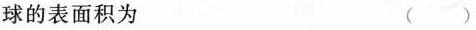
球的表面积为 ( )